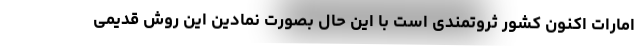
امارات اکنون کشور ثروتمندی است با این حال بصورت نمادین این روش قدیمی